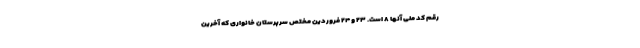
رقم کد ملی آنها ۸ است. ۲۳ و ۲۴ فروردین مختص سرپرستان خانواری که آخرین